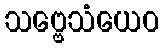
သဗ္ဗေသံယေဝ